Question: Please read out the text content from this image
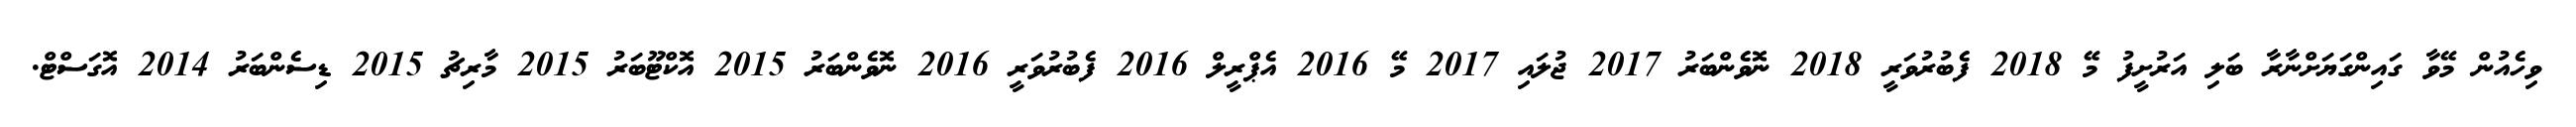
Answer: ވިހެއުން މޭވާ ގައިންގަޔަށްނާރާ ބަލި އަރުށީފު މޭ 2018 ފެބުރުވަރީ 2018 ނޮވެންބަރު 2017 ޖުލައި 2017 މޭ 2016 އެޕްރީލް 2016 ފެބުރުވަރީ 2016 ނޮވެންބަރު 2015 އޮކްޓޫބަރު 2015 މާރިޗު 2015 ޑިސެންބަރު 2014 އޮގަސްޓް.